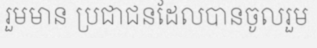
រួមមាន ប្រជាជនដែលបានចូលរួម